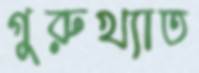
গুরুখ্যাত